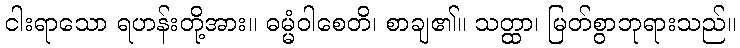
ငါးရာသော ရဟန်းတို့အား။ ဓမ္မံဝါစေတိ၊ စာချ၏။ သတ္ထာ၊ မြတ်စွာဘုရားသည်။